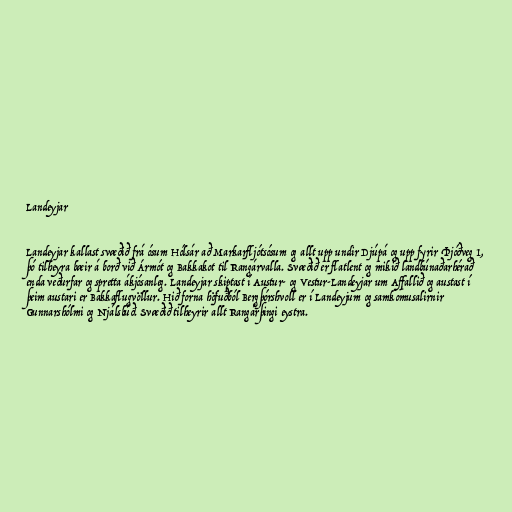
Landeyjar

Landeyjar kallast svæðið frá ósum Hólsár að Markarfljótsósum og allt upp undir Djúpá og upp fyrir Þjóðveg 1,
þó tilheyra bæir á borð við Ármót og Bakkakot til Rangárvalla. Svæðið er flatlent og mikið landbúnaðarhérað
enda veðurfar og spretta ákjósanleg. Landeyjar skiptast í Austur- og Vestur-Landeyjar um Affallið og austast í
þeim austari er Bakkaflugvöllur. Hið forna höfuðból Bergþórshvoll er í Landeyjum og samkomusalirnir
Gunnarshólmi og Njálsbúð. Svæðið tilheyrir allt Rangárþingi eystra.